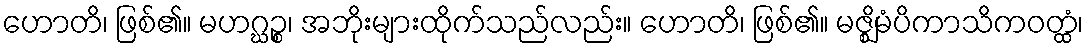
ဟောတိ၊ ဖြစ်၏။ မဟဂ္ဃဉ္စ၊ အဘိုးများထိုက်သည်လည်း။ ဟောတိ၊ ဖြစ်၏။ မဇ္ဈိမံပိကာသိကဝတ္ထံ၊